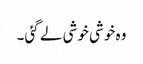
وہ خوشی خوشی لے گئی۔